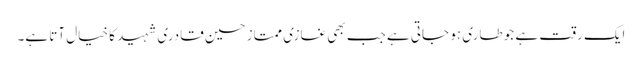
ایک رقت ہے جو طاری ہو جاتی ہے جب بھی غازی ممتاز حسین قادری شہید کا خیال آتا ہے۔